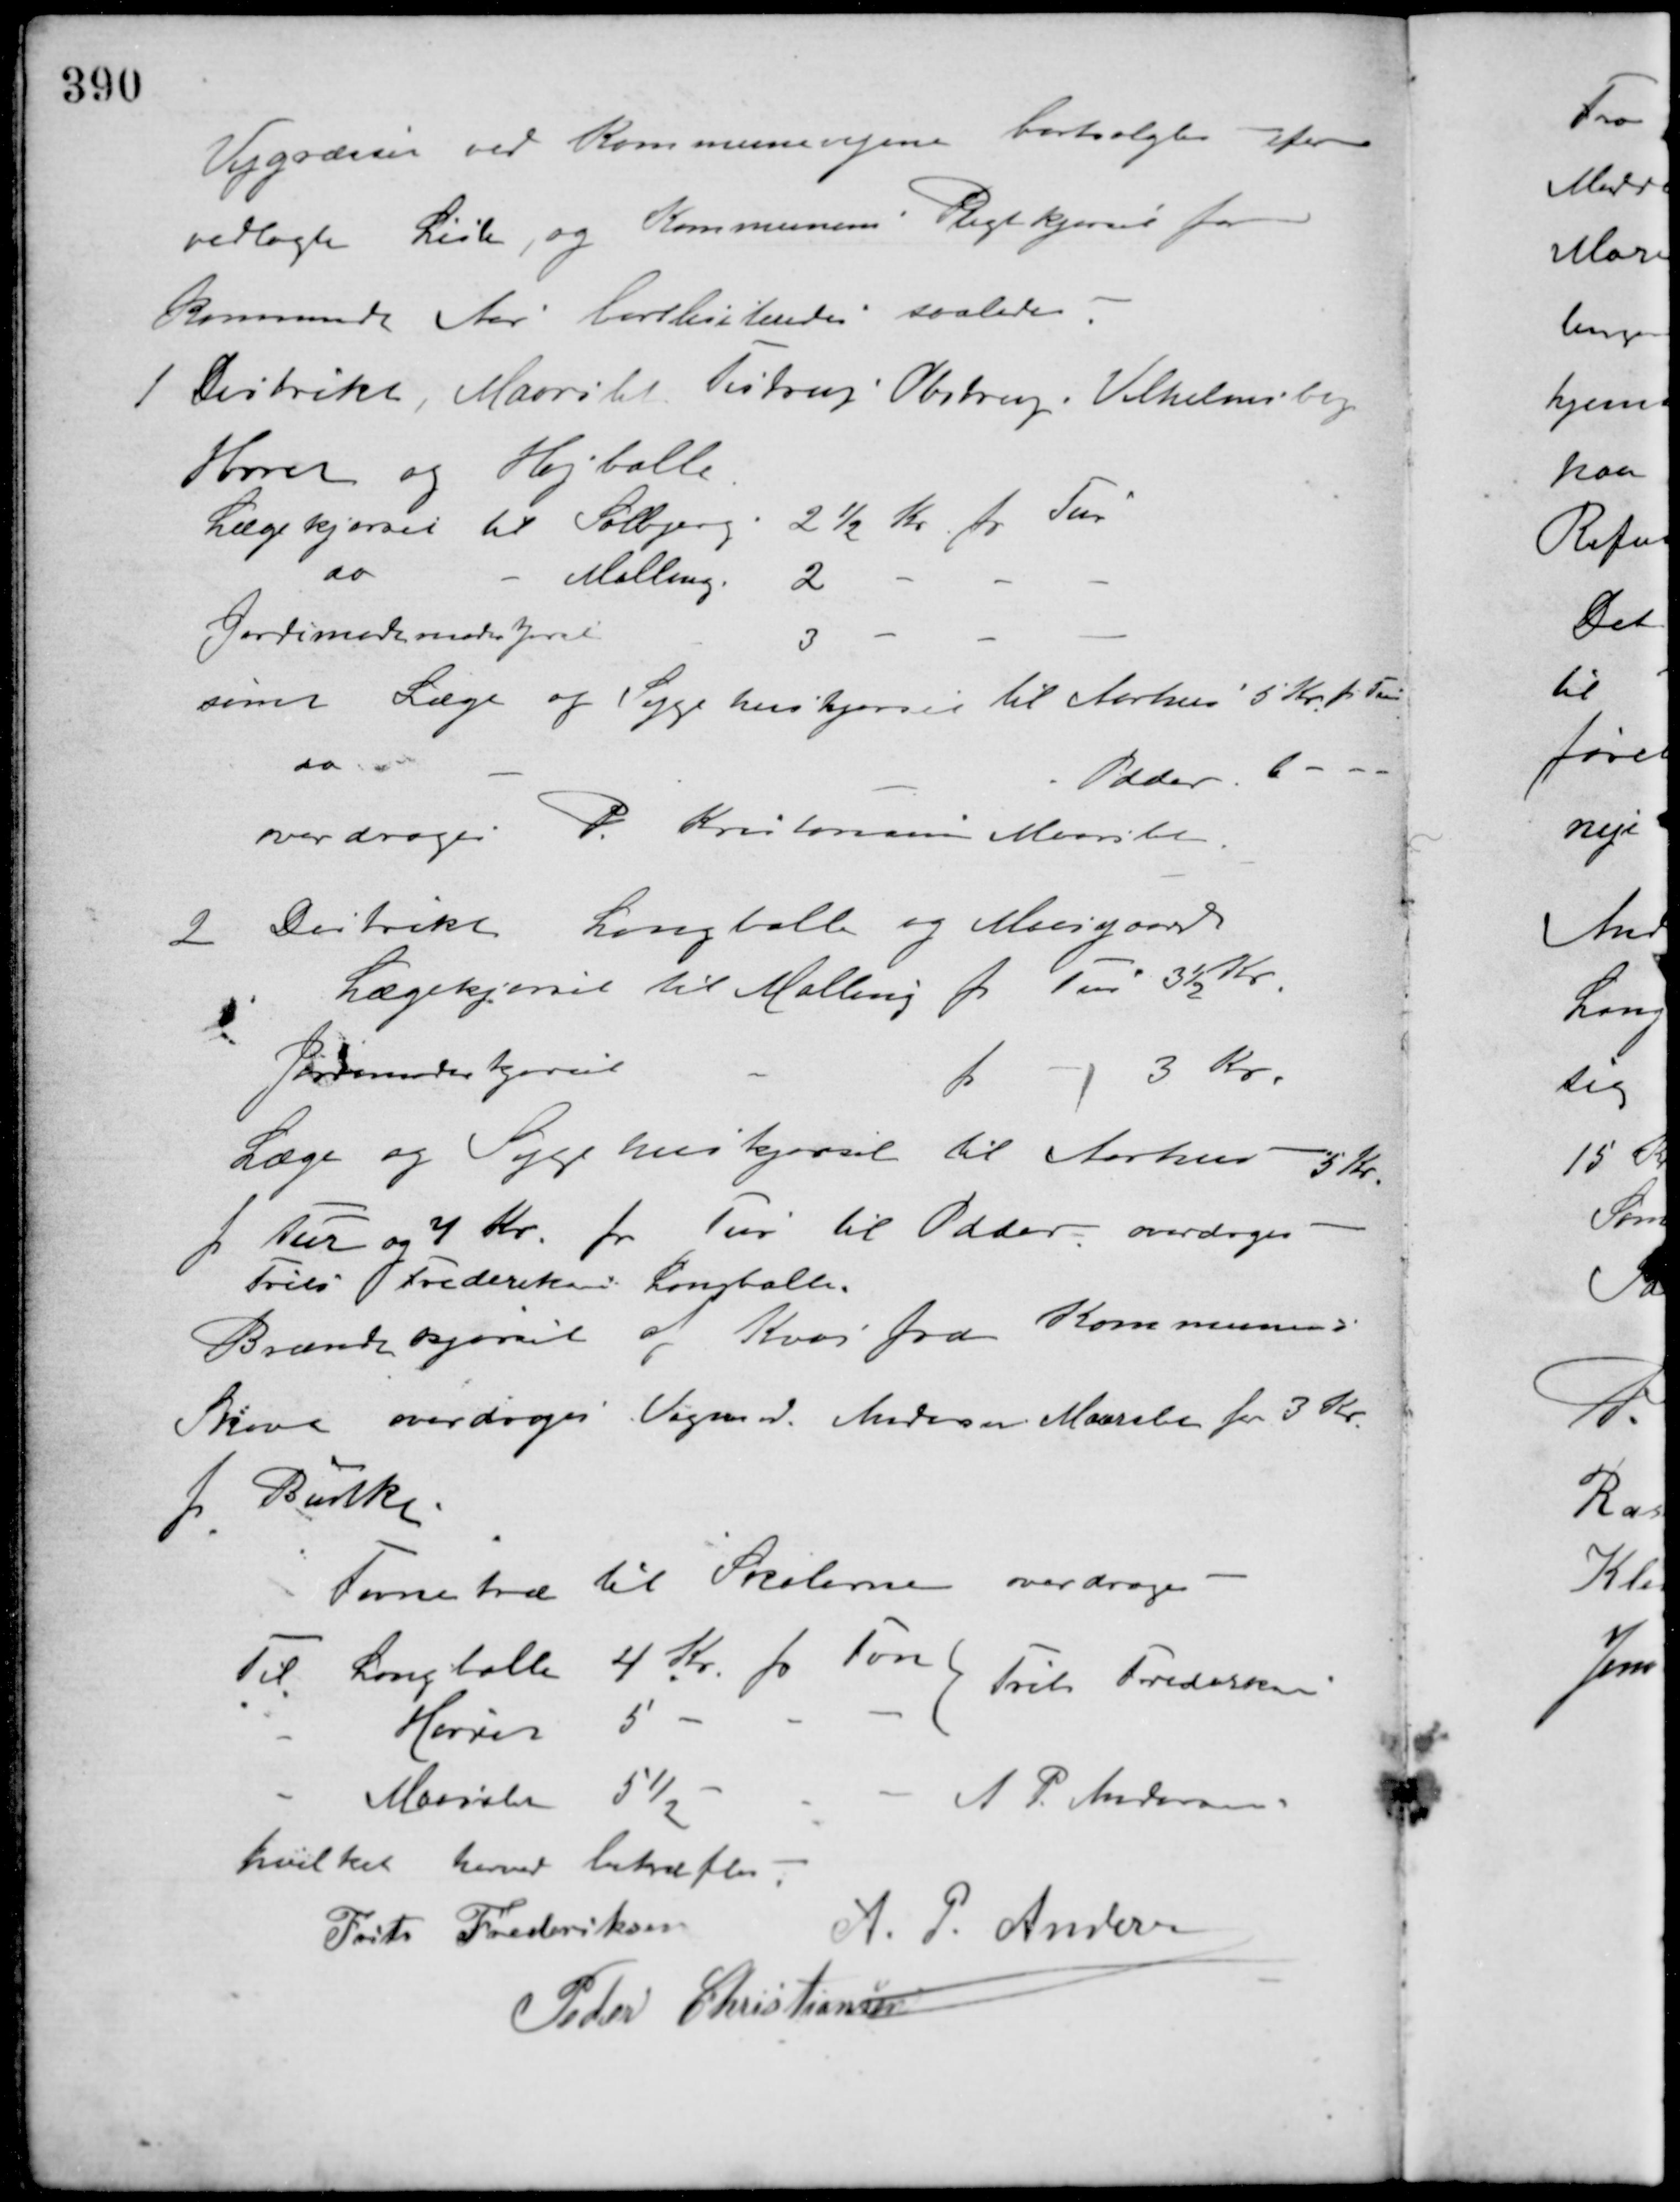
Transskription:
Vejgræsser ved Kommunevejene bortsolgtes ifølge
vedlagte Liste, og Kommunens Pligtkjørsel for
kommende Aar bortliciteredes saaledes
1 Distrikt, Maarslet, Testrup Obstrup Vilhelmsborg
Hørret og Højballe
Lægekjørsel til Solbjerg 2½ Kr. pr. Tur
do - Malling 2 - - -
Jordmoderkjørsel 3 - - -
samt Læge og Sygehuskjørsel til Aarhus 5 Kr. pr. Tur
do - Odder. 6 - - -
overdroges P. Kristiansen Maarslet.
2 Distrikt Langballe og Moesgaard
Lægekjørsel til Malling pr. Tur 3½ Kr.
Jordemoderkjørsel - pr. - 3 Kr.
Læge og Sygehuskjørsel til Aarhus 5 Kr.
pr. Tur og 7 Kr. pr. Tur til Odder, overdroges
Frits Frederiksen, Langballe.
Brændekjørsel af Kvas fra Kommunens
Skove overdroges Vognmd. Andersen Maarslet for 3 Kr.
pr. Bulk.
Favnetræ til Skolerne overdroges
Til Langballe 4 Kr. pr. Favn
- Hørret 5 - - -
Frits Frederiksen
- Maarslet 5½ - - -
A. P. Andersen
hvilket herved bekræftes.
Frits Frederiksen
A. P. Andersen
Peder Christiansen